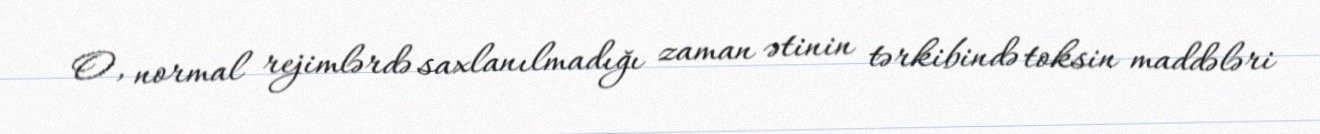
O, normal rejimlərdə saxlanılmadığı zaman ətinin tərkibində toksin maddələri